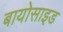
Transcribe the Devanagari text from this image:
बायोसाइड